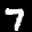
Label: 7